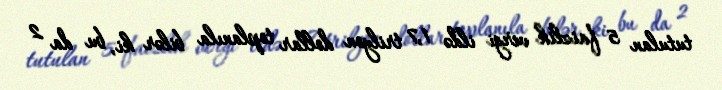
tutulan 5 faizlik vergi ildə 1,7 trilyon dollar toplanıla bilər ki, bu da 2